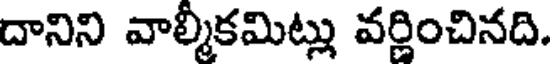
దానిని వాల్మీకమిట్లు వర్ణించినది.